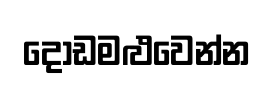
දොඩමළුවෙන්න